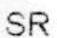
SR